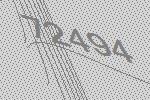
72494